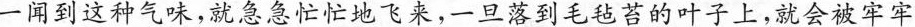
一闻到这种气味，就急急忙忙地飞来，一旦落到毛毡苔的叶子上，就会被牢牢